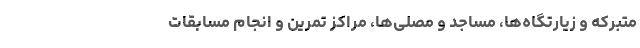
متبرکه و زیارتگاه‌ها، مساجد و مصلی‌ها، مراکز تمرین و انجام مسابقات